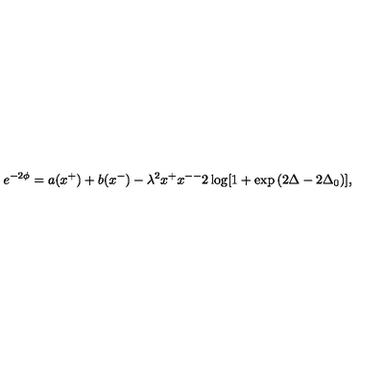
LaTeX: e ^ { - 2 \phi } = a ( x ^ { + } ) + b ( x ^ { - } ) - \lambda ^ { 2 } x ^ { + } x ^ { -- } 2 \log [ 1 + \exp { ( 2 \Delta - 2 \Delta _ { 0 } ) } ] ,